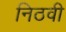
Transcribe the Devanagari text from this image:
निठवी